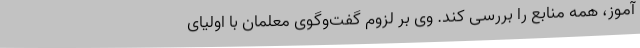
آموز، همه منابع را بررسی کند. وی بر لزوم گفت‌وگوی معلمان با اولیای